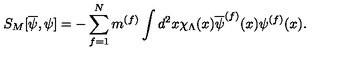
S _ { M } [ \overline { { \psi } } , \psi ] = - \sum _ { f = 1 } ^ { N } m ^ { ( f ) } \int d ^ { 2 } x \chi _ { \Lambda } ( x ) \overline { { \psi } } ^ { ( f ) } ( x ) \psi ^ { ( f ) } ( x ) .